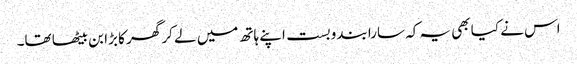
اس نے کیا بھی یہ کہ سارا بندوبست اپنے ہاتھ میں لے کر گھر کا بڑا بن بیٹھا تھا۔